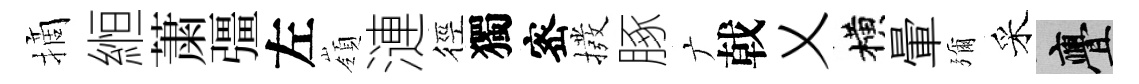
摘縆䔥彊左嶺漣徑獨宻撥䐁广戟乂横暈彌采亹